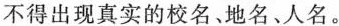
不得出现真实的校名、地名、人名。